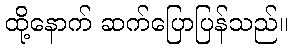
ထို့နောက် ဆက်ပြောပြန်သည်။